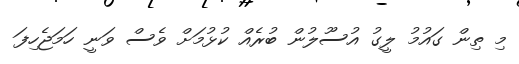
މި ތިން ގައުމު ލީގު އުސޫލުން ބުރެއް ކުޅުމަށް ވެސް ވަނީ ހަމަޖެހިފަ